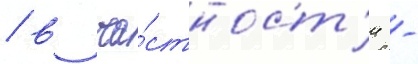
/ в ча́стност'и -